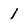
Character: l